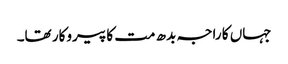
جہاں کا راجہ بدھ مت کا پیروکار تھا۔